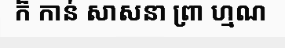
ក៏ កាន់ សាសនា ព្រា ហ្មណ